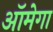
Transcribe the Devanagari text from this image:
ऑमेगा